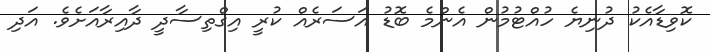
ކޮވިޑާއެކު ދުނިޔެ ހުއްޓުމުން އެންމެ ބޮޑު އަސަރެއް ކުރީ އިގްތިސާދީ ދާއިރާއަށެވެ. އަދި